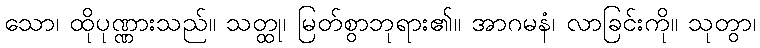
သော၊ ထိုပုဏ္ဏားသည်။ သတ္ထု၊ မြတ်စွာဘုရား၏။ အာဂမနံ၊ လာခြင်းကို။ သုတွာ၊